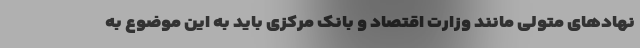
نهادهای متولی مانند وزارت اقتصاد و بانک مرکزی باید به این موضوع به